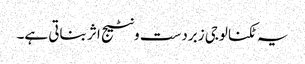
یہ ٹکنالوجی زبردست ونٹیج اثر بناتی ہے۔